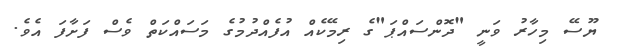
ޔޫސޭ މިހާރު ވަނީ "ދޮންސައްޕަ"ގެ ރިމޭކެއް އުފެއްދުމުގެ މަސައްކަތް ވެސް ފަށާފަ އެވެ.